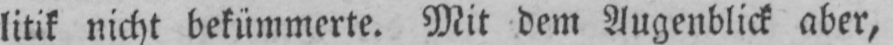
litik nicht bekümmerte. Mit dem Augenblick aber,